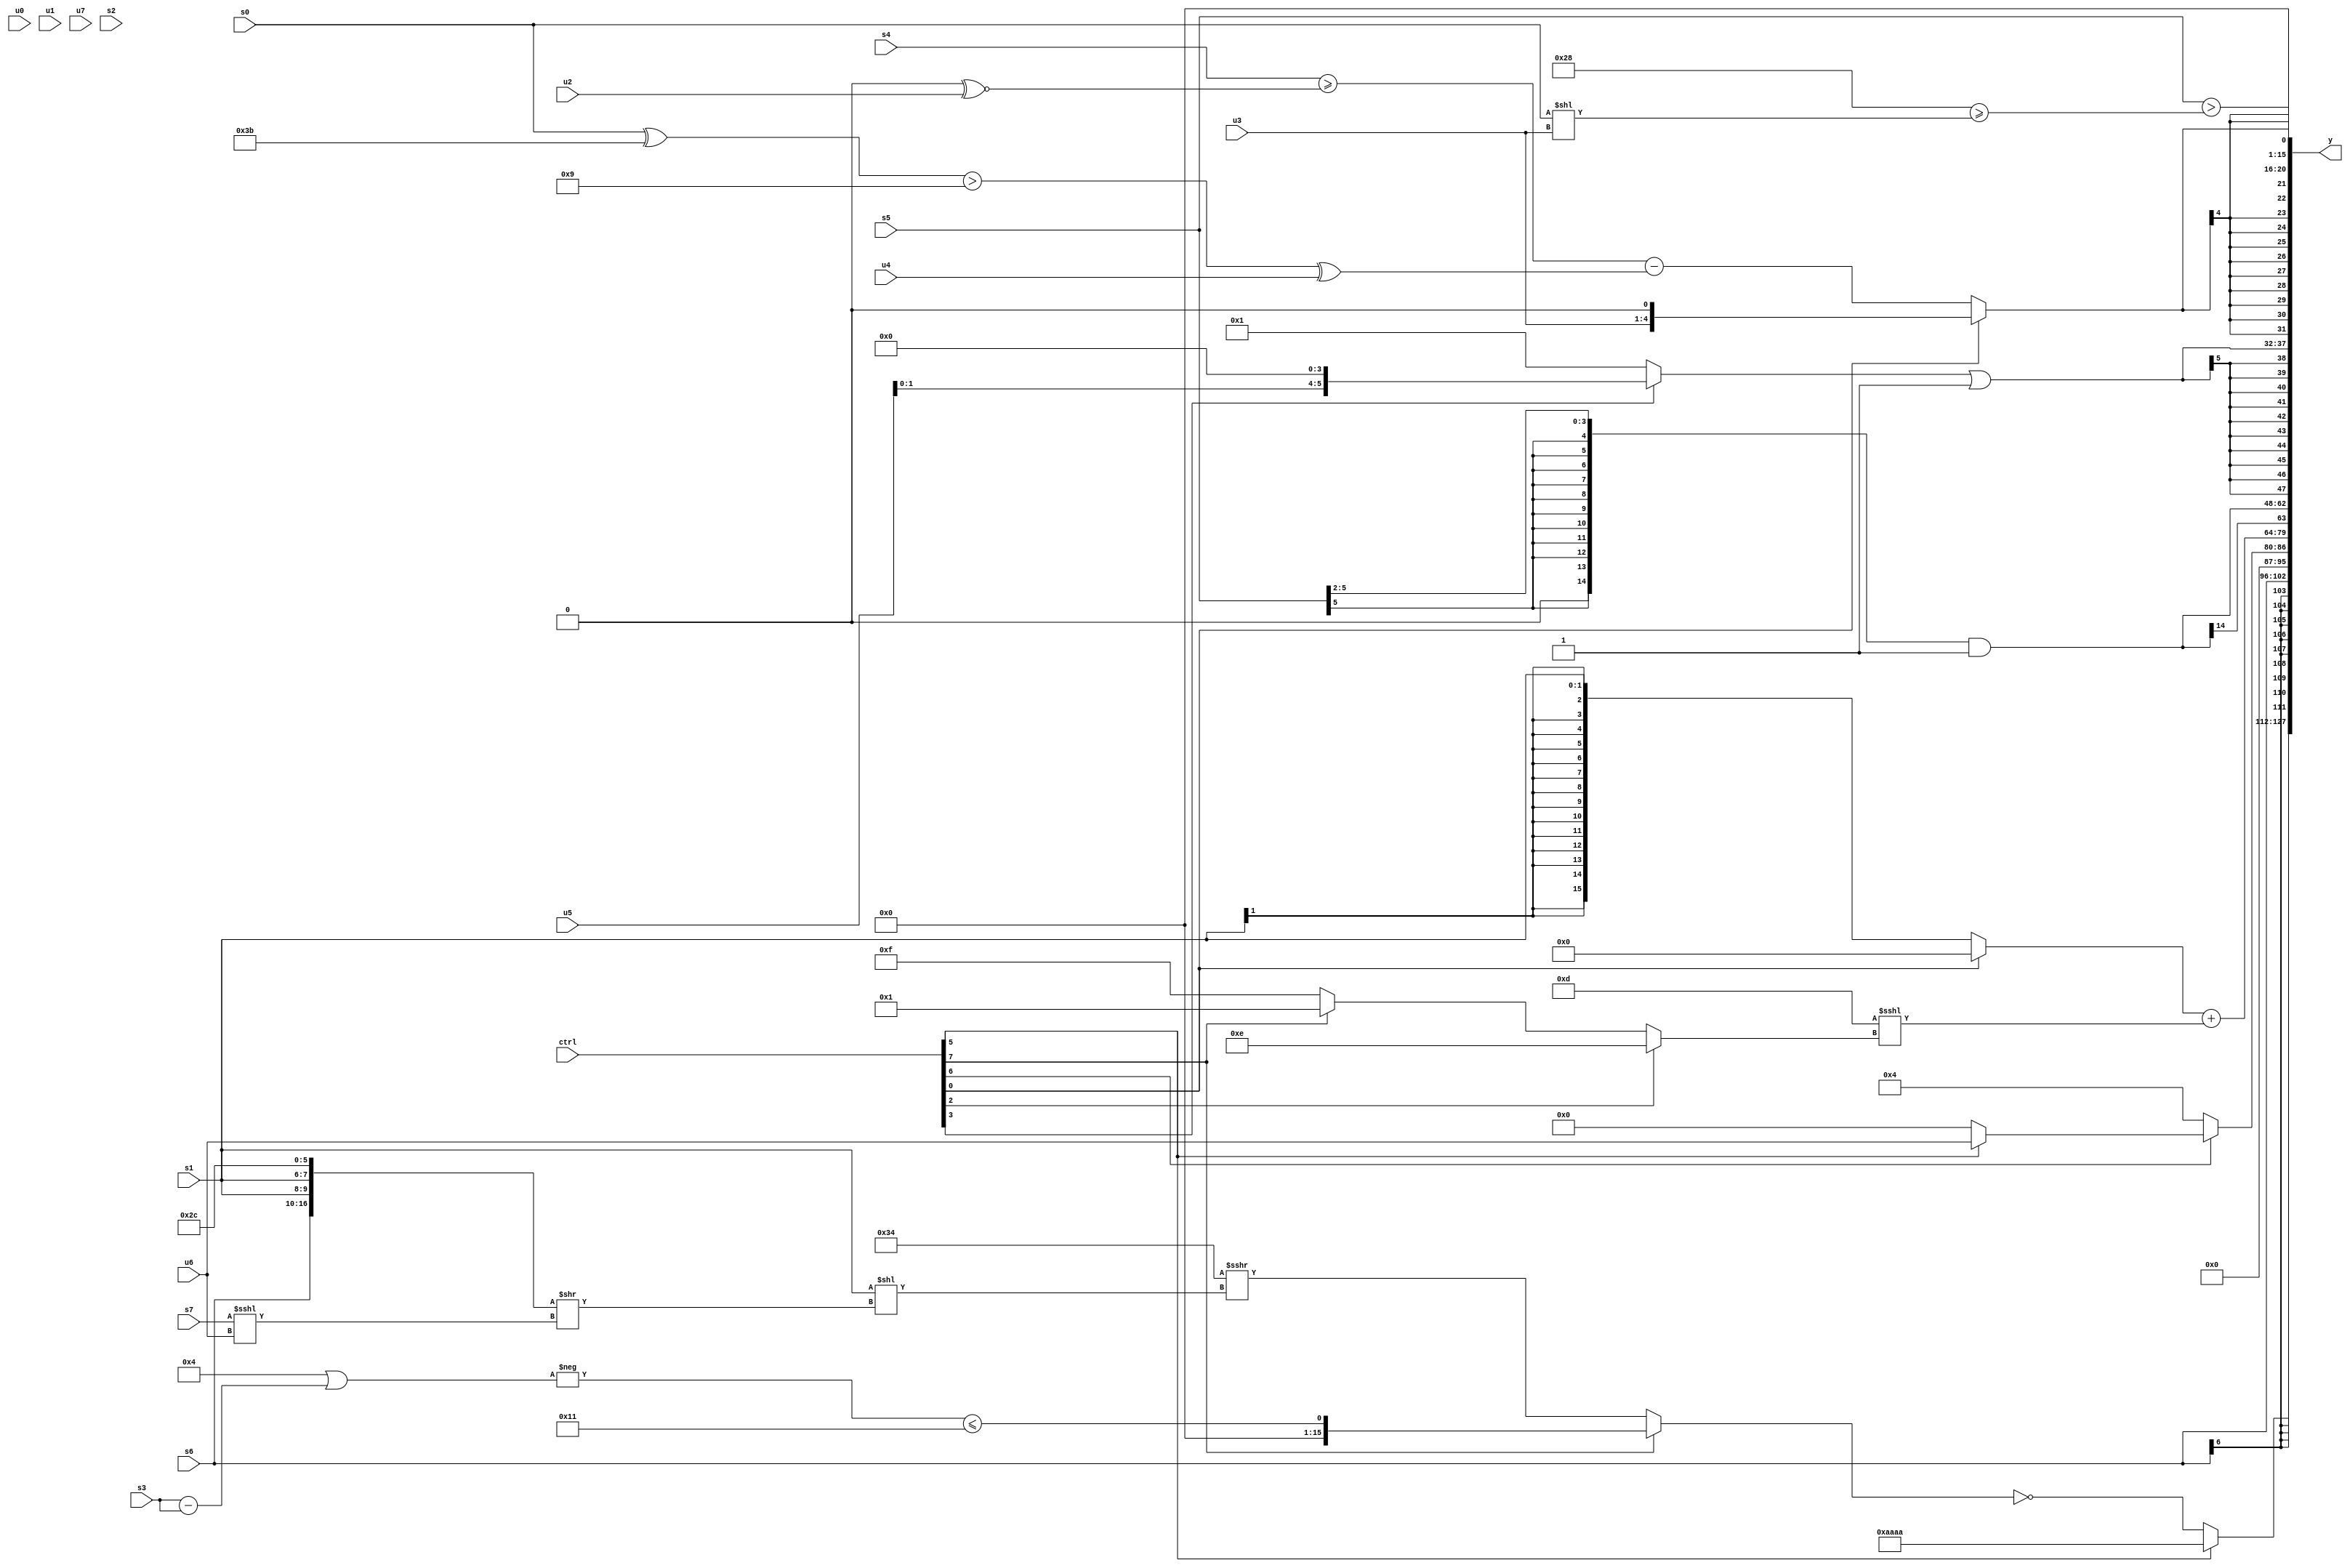
module wideexpr_00035(ctrl, u0, u1, u2, u3, u4, u5, u6, u7, s0, s1, s2, s3, s4, s5, s6, s7, y);
  input [7:0] ctrl;
  input [0:0] u0;
  input [1:0] u1;
  input [2:0] u2;
  input [3:0] u3;
  input [4:0] u4;
  input [5:0] u5;
  input [6:0] u6;
  input [7:0] u7;
  input signed [0:0] s0;
  input signed [1:0] s1;
  input signed [2:0] s2;
  input signed [3:0] s3;
  input signed [4:0] s4;
  input signed [5:0] s5;
  input signed [6:0] s6;
  input signed [7:0] s7;
  output [127:0] y;
  wire [15:0] y0;
  wire [15:0] y1;
  wire [15:0] y2;
  wire [15:0] y3;
  wire [15:0] y4;
  wire [15:0] y5;
  wire [15:0] y6;
  wire [15:0] y7;
  assign y = {y0,y1,y2,y3,y4,y5,y6,y7};
  assign y0 = (ctrl[5]?{4{{3{2'sb10}}}}:~((ctrl[7]?(-(((4'sb1011)^~(2'sb00))|((s3)-(s3))))<=(5'sb10001):(6'sb110100)>>>((s1)<<(({s6,s1,s1,6'sb101100})>>((s7)<<<(u6)))))));
  assign y1 = s6;
  assign y2 = (ctrl[6]?$unsigned($signed({(ctrl[5]?u6:((ctrl[3]?$unsigned(4'b1001):{6'sb100000,u6,s1,s7}))>>>(5'sb11010))})):3'b100);
  assign y3 = ((ctrl[0]?(ctrl[0]?-((2'sb00)>>(6'sb001010)):((ctrl[0]?2'sb10:5'sb00111))&((5'sb01100)<<<(5'sb01100))):s1))+(($signed(5'b01101))<<<((ctrl[2]?4'b1110:(ctrl[7]?$signed(4'sb0001):{4{1'sb1}}))));
  assign y4 = ((s5)>>(2'b10))&(1'sb1);
  assign y5 = $signed($unsigned(((ctrl[3]?(u5)<<(3'sb100):1'b1))|(~&((4'b0101)|(3'sb100)))));
  assign y6 = $signed((ctrl[0]?((ctrl[0]?u3:~&(u7)))<<(6'sb000001):((s4)>=(((2'sb00)<<<(1'sb1))^~($signed(u2))))-((((s0)^(6'sb111011))>(+(4'b1001)))^(u4))));
  assign y7 = (s5)>($signed((6'sb101000)>=($signed($signed(-(+((s0)<<(u3))))))));
endmodule